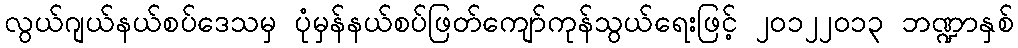
လွယ်ဂျယ်နယ်စပ်ဒေသမှ ပုံမှန်နယ်စပ်ဖြတ်ကျော်ကုန်သွယ်ရေးဖြင့် ၂၀၁၂၂၀၁၃ ဘဏ္ဍာနှစ်